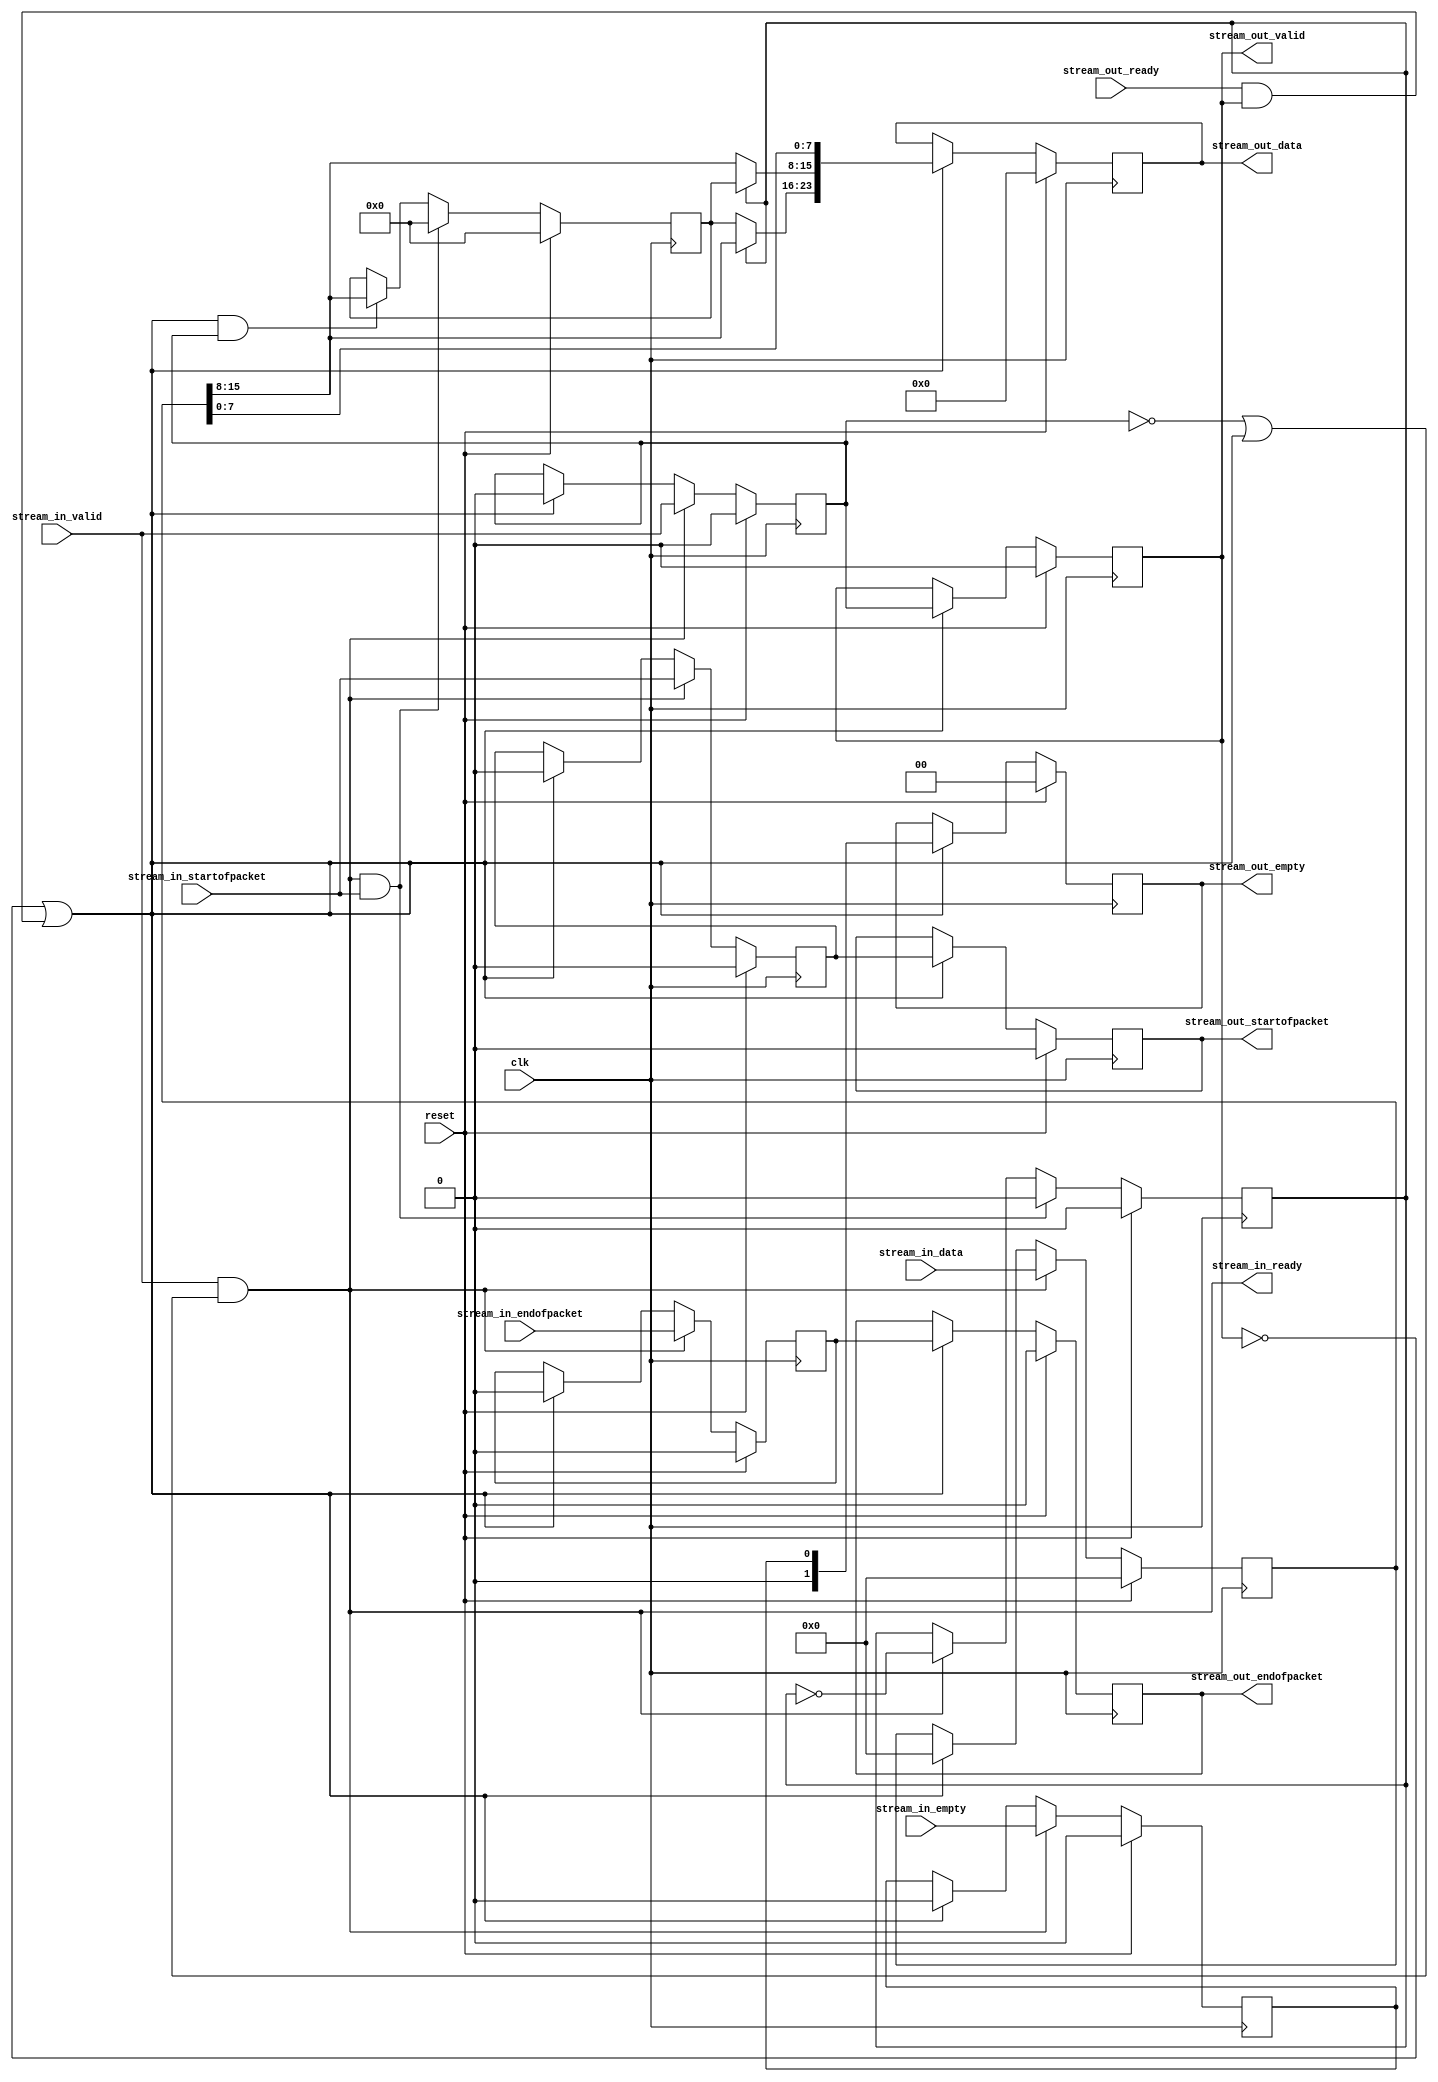
module Raster_Laser_Projector_Video_In_video_chroma_resampler_0 (
	clk,
	reset,
	stream_in_data,
	stream_in_startofpacket,
	stream_in_endofpacket,
	stream_in_empty,
	stream_in_valid,
	stream_out_ready,
	stream_in_ready,
	stream_out_data,
	stream_out_startofpacket,
	stream_out_endofpacket,
	stream_out_empty,
	stream_out_valid
);
parameter IDW = 15; 
parameter ODW = 23; 
parameter IEW = 0; 
parameter OEW = 1; 
input						clk;
input						reset;
input			[IDW:0]	stream_in_data;
input						stream_in_startofpacket;
input						stream_in_endofpacket;
input			[IEW:0]	stream_in_empty;
input						stream_in_valid;
input						stream_out_ready;
output					stream_in_ready;
output reg	[ODW:0]	stream_out_data;
output reg				stream_out_startofpacket;
output reg				stream_out_endofpacket;
output reg	[OEW:0]	stream_out_empty;
output reg				stream_out_valid;
wire						transfer_data;
wire			[ODW:0]	converted_data;
wire						converted_startofpacket;
wire						converted_endofpacket;
wire			[OEW:0]	converted_empty;
wire						converted_valid;
reg			[IDW:0]	data;
reg						startofpacket;
reg						endofpacket;
reg			[IEW:0]	empty;
reg						valid;
reg			[ 7: 0]	saved_CrCb;
reg						cur_is_Cr_or_Cb;
always @(posedge clk)
begin
	if (reset)
	begin
		stream_out_data				<=  'h0;
		stream_out_startofpacket	<= 1'b0;
		stream_out_endofpacket		<= 1'b0;
		stream_out_empty				<=  'h0;
		stream_out_valid				<= 1'b0;
	end
	else if (transfer_data)
	begin
		stream_out_data				<= converted_data;
		stream_out_startofpacket	<= converted_startofpacket;
		stream_out_endofpacket		<= converted_endofpacket;
		stream_out_empty				<= converted_empty;
		stream_out_valid				<= converted_valid;
	end
end
always @(posedge clk)
begin
	if (reset)
	begin
		data								<=  'h0;
		startofpacket					<= 1'b0;
		endofpacket						<= 1'b0;
		empty								<=  'h0;
		valid								<= 1'b0;
	end
	else if (stream_in_ready)
	begin
		data								<= stream_in_data;
		startofpacket					<= stream_in_startofpacket;
		endofpacket						<= stream_in_endofpacket;
		empty								<= stream_in_empty;
		valid								<= stream_in_valid;
	end
	else if (transfer_data)
	begin
		data								<=  'h0;
		startofpacket					<= 1'b0;
		endofpacket						<= 1'b0;
		empty								<=  'h0;
		valid								<= 1'b0;
	end
end
always @(posedge clk)
begin
	if (reset)
		saved_CrCb						<= 8'h00;
	else if (stream_in_ready & stream_in_startofpacket)
		saved_CrCb						<= 8'h00;
	else if (transfer_data & valid)
		saved_CrCb						<= data[15: 8];
end
always @(posedge clk)
begin
	if (reset)
		cur_is_Cr_or_Cb				<= 1'b0;
	else if (stream_in_ready & stream_in_startofpacket)
		cur_is_Cr_or_Cb				<= 1'b0;
	else if (stream_in_ready)
		cur_is_Cr_or_Cb				<= cur_is_Cr_or_Cb ^ 1'b1;
end
assign stream_in_ready 			= stream_in_valid & (~valid | transfer_data);
assign transfer_data				= 
		~stream_out_valid | (stream_out_ready & stream_out_valid);
assign converted_data[23:16]	= (cur_is_Cr_or_Cb) ? data[15: 8] : saved_CrCb;
assign converted_data[15: 8]	= (cur_is_Cr_or_Cb) ? saved_CrCb : data[15: 8];
assign converted_data[ 7: 0]	= data[ 7: 0];
assign converted_startofpacket	= startofpacket;
assign converted_endofpacket	= endofpacket;
assign converted_empty			= empty;
assign converted_valid			= valid;
endmodule